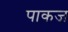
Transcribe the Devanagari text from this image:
पाकज